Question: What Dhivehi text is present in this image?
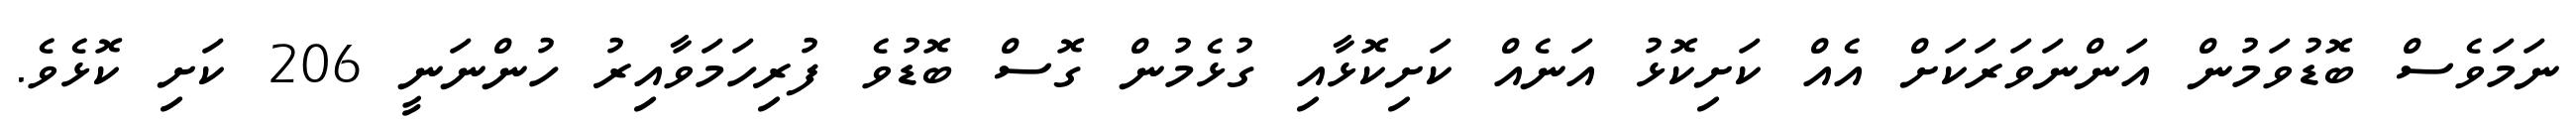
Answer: ނަމަވެސް ބޮޑުވަމުން އަންނަވަރަކަށް އެއް ކަށިކޮޅު އަނެއް ކަށިކޮޅާއި ގުޅެމުން ގޮސް ބޮޑުވެ ފުރިހަމަވާއިރު ހުންނަނީ 206 ކަށި ކޮޅެވެ.